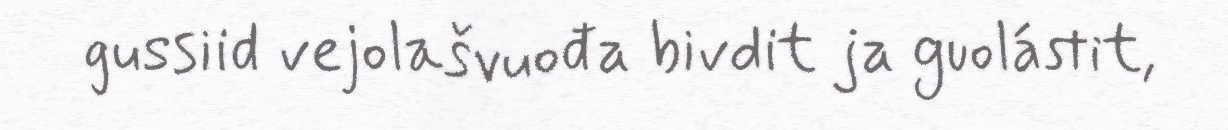
gussiid vejolašvuođa bivdit ja guolástit,